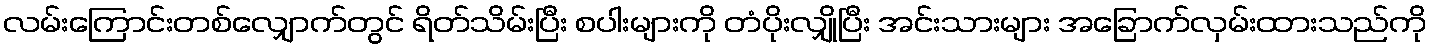
လမ်းကြောင်းတစ်လျှောက်တွင် ရိတ်သိမ်းပြီး စပါးများကို တံပိုးလျှိုပြီး အင်းသားများ အခြောက်လှမ်းထားသည်ကို